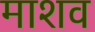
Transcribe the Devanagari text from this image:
माशव